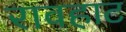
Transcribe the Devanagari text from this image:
रावहाट